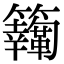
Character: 𩍸